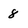
Character: 8